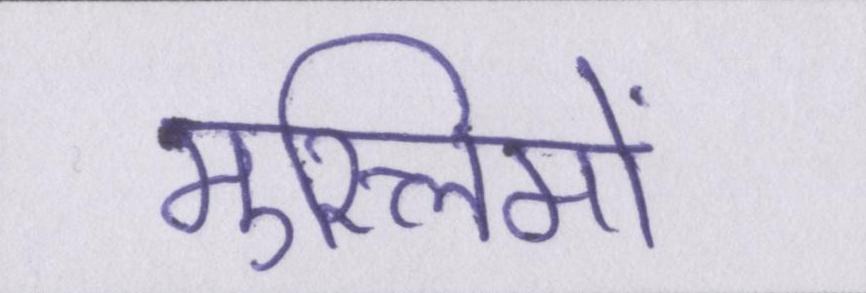
मुस्लिमों